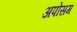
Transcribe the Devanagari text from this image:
अपोसम